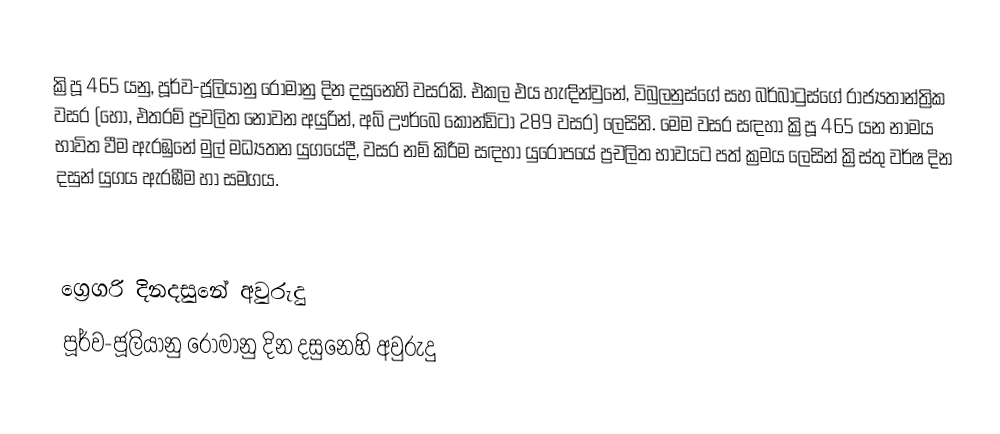

ක්‍රිපූ 465 යනු, පූර්ව-ජූලියානු රෝමානු දින දසුනෙහි වසරකි. එකල එය හැඳින්වුනේ, විබුලනුස්ගේ සහ බර්බාටුස්ගේ රාජ්‍යතාන්ත්‍රික වසර (හෝ, එතරම් ප්‍රචලිත නොවන අයුරින්, අබ් ඌර්බෙ කෝන්ඩිටා 289 වසර) ලෙසිනි. මෙම වසර සඳහා ක්‍රිපූ 465 යන නාමය භාවිත වීම ඇරඹුනේ මුල්  මධ්‍යතන යුගයේදී, වසර නම් කිරීම සඳහා යුරෝපයේ ප්‍රචලිත භාවයට පත් ක්‍රමය ලෙසින් ක්‍රිස්තු වර්ෂ දින දසුන් යුගය ඇරඹීම හා සමගය.

ග්‍රෙගරි දිනදසුනේ අවුරුදු
පූර්ව-ජූලියානු රෝමානු දින දසුනෙහි අවුරුදු